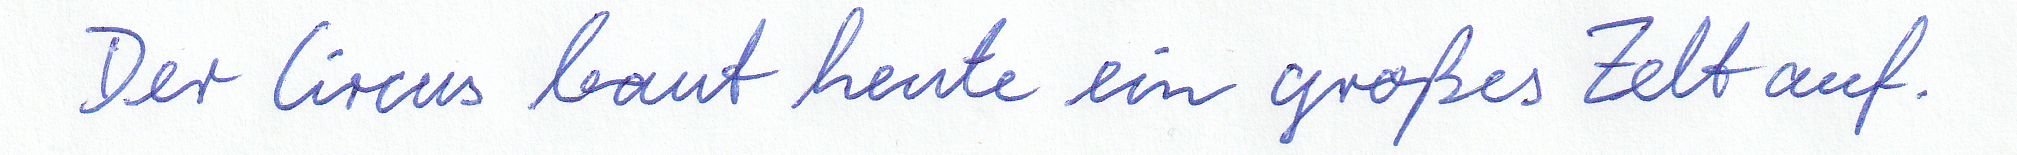
Der Circus baut heute ein großes Zelt auf.